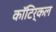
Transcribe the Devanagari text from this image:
कॉटिर्कल